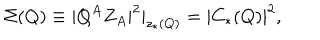
LaTeX: \Sigma ( Q ) \equiv | Q ^ { A } Z _ { A } | ^ { 2 } | _ { z _ { * } ( Q ) } = | C _ { * } ( Q ) | ^ { 2 } ,